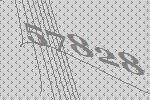
57828